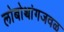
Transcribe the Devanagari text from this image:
लोबोथांगजवळ